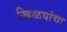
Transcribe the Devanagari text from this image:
खिळयांचा